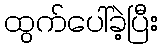
ထွက်ပေါ်ခဲ့ပြီး